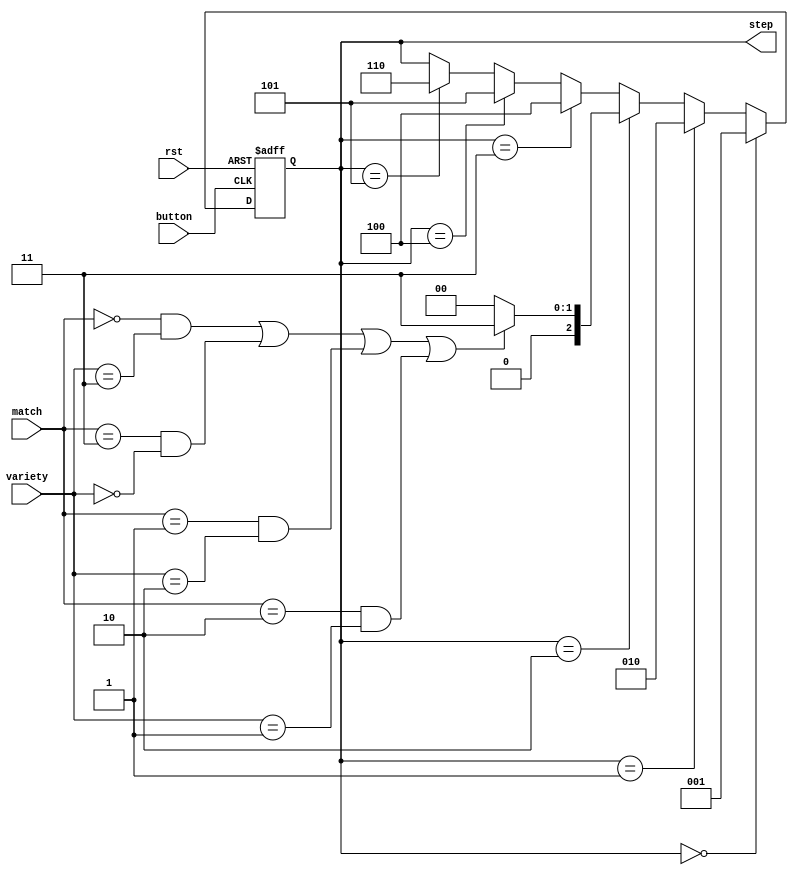
module step_button(
	input button,
	input [2:0] variety,
	input [2:0] match,
	output reg [2:0] step,
	input rst
    );
	 
	 initial 
		step<=3'b000;
	 
	 
	 always@(posedge button or posedge rst)begin
		if(rst)
			step<=3'b000;
		else begin
			if(step==3'b000)
				step<=3'b001;
			else if(step==3'b001)
				step<=3'b010;
			else if(step==3'b010)begin
				if((match==3'b000 && variety==3'b011) || (match==3'b011 && variety==3'b000) || (match==3'b001&& variety==3'b010) || (match==3'b010&& variety==3'b001))
					step<=3'b011;
				else
					step<=3'b000;
			end
			else if(step==3'b011)
				step<=3'b100;
			else if(step==3'b100)
				step<=3'b101;
			else if(step==3'b101)
				step<=3'b110;	
		end
	 end


endmodule